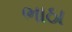
ભાઠા